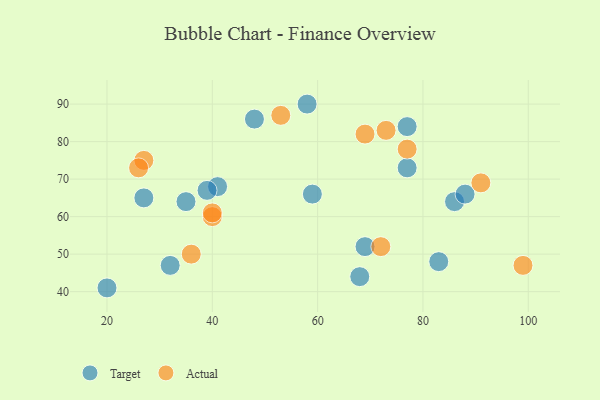
{"axis": {"x": "GDP", "y": "Life Expectancy"}, "legend": ["Actual", "Target"], "data": [{"x": "48", "y": 86, "type": "Target"}, {"x": "77", "y": 84, "type": "Target"}, {"x": "77", "y": 73, "type": "Target"}, {"x": "32", "y": 47, "type": "Target"}, {"x": "58", "y": 90, "type": "Target"}, {"x": "41", "y": 68, "type": "Target"}, {"x": "69", "y": 52, "type": "Target"}, {"x": "86", "y": 64, "type": "Target"}, {"x": "83", "y": 48, "type": "Target"}, {"x": "27", "y": 65, "type": "Target"}, {"x": "20", "y": 41, "type": "Target"}, {"x": "35", "y": 64, "type": "Target"}, {"x": "68", "y": 44, "type": "Target"}, {"x": "59", "y": 66, "type": "Target"}, {"x": "88", "y": 66, "type": "Target"}, {"x": "39", "y": 67, "type": "Target"}, {"x": "53", "y": 87, "type": "Actual"}, {"x": "69", "y": 82, "type": "Actual"}, {"x": "99", "y": 47, "type": "Actual"}, {"x": "27", "y": 75, "type": "Actual"}, {"x": "72", "y": 52, "type": "Actual"}, {"x": "40", "y": 60, "type": "Actual"}, {"x": "73", "y": 83, "type": "Actual"}, {"x": "91", "y": 69, "type": "Actual"}, {"x": "26", "y": 73, "type": "Actual"}, {"x": "40", "y": 61, "type": "Actual"}, {"x": "77", "y": 78, "type": "Actual"}, {"x": "36", "y": 50, "type": "Actual"}]}